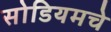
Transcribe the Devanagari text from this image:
सोडियमचे